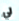
لي